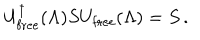
LaTeX: U _ { \mathrm { f r e e } } ^ { \dagger } ( \Lambda ) S U _ { \mathrm { f r e e } } ( \Lambda ) = S \, .